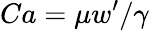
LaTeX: Ca=\mu w^{\prime}/\gamma